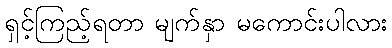
ရှင့်ကြည့်ရတာ မျက်နှာ မကောင်းပါလား